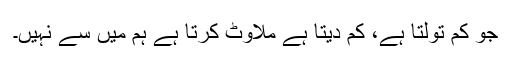
جو کم تولتا ہے، کم دیتا ہے ملاوٹ کرتا ہے ہم میں سے نہیں۔